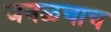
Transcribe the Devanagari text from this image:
जवळचाच